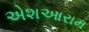
એશઆરામ